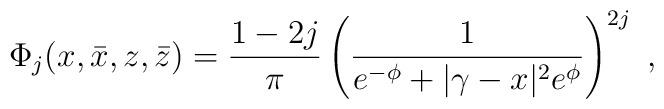
\Phi_j (x,\bar{x},z,\bar{z}) = \frac{1 - 2j}{\pi} \left( \frac{1}{e^{-\phi} + | \gamma - x | ^2 e^{\phi} }\right)^{2 j} ~,